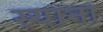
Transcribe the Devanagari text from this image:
स्‍याना